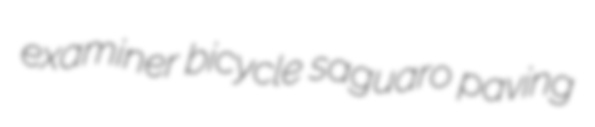
examiner bicycle saguaro paving